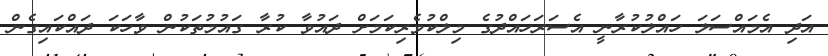
އަދި އެމައްސަލަ ހައްލުކުރާނީ އެސަރަހައްދުގެ މިލްކުވެރިކަމަށް ދައުވާ ކުރާ ގައުމުތަކުން ވާހަކަ ދައްކައިގެން